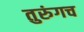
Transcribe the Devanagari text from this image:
तुरुंगच